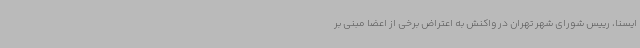
ایسنا، رییس شورای شهر تهران در واکنش به اعتراض برخی از اعضا مبنی بر